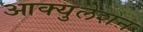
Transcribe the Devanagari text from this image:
आक्युलेशन